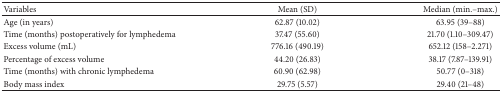
<table><thead><tr><td><b>Variables</b></td><td><b>Mean (SD)</b></td><td><b>Median (min.–max.)</b></td></tr></thead><tbody><tr><td>Age (in years)</td><td>62.87 (10.02)</td><td>63.95 (39–88)</td></tr><tr><td>Time (months) postoperatively for lymphedema </td><td>37.47 (55.60)</td><td>21.70 (1.10–309.47)</td></tr><tr><td>Excess volume (mL)</td><td>776.16 (490.19)</td><td>652.12 (158–2.271)</td></tr><tr><td>Percentage of excess volume </td><td>44.20 (26.83)</td><td>38.17 (7.87–139.91)</td></tr><tr><td>Time (months) with chronic lymphedema</td><td>60.90 (62.98)</td><td>50.77 (0–318)</td></tr><tr><td>Body mass index</td><td>29.75 (5.57)</td><td>29.40 (21–48)</td></tr></tbody></table>